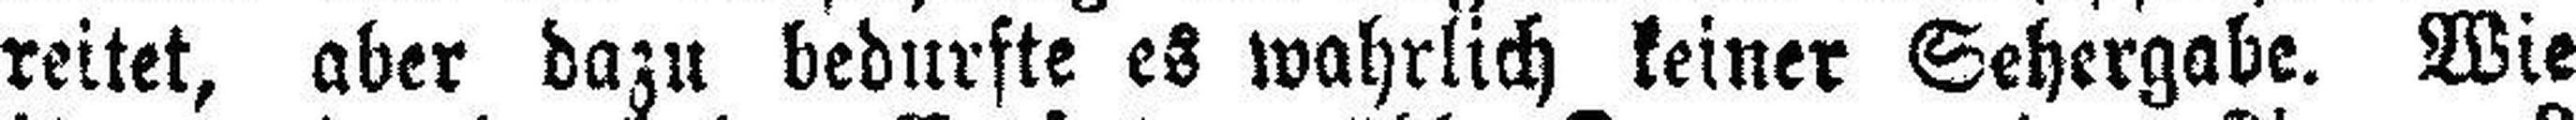
reitet, aber dazu bedurfte es wahrlich keiner Sehergabe. Wie